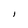
Character: l